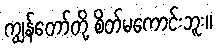
ကျွန်တော်တို့ စိတ်မကောင်းဘူး။